DOW-UAP-D51, Email Correspondence, Pacific Time Zone, March 2023
Agency: Department of War
Incident date: 3/23/26
Incident location: Pacific Time Zone
Page 5
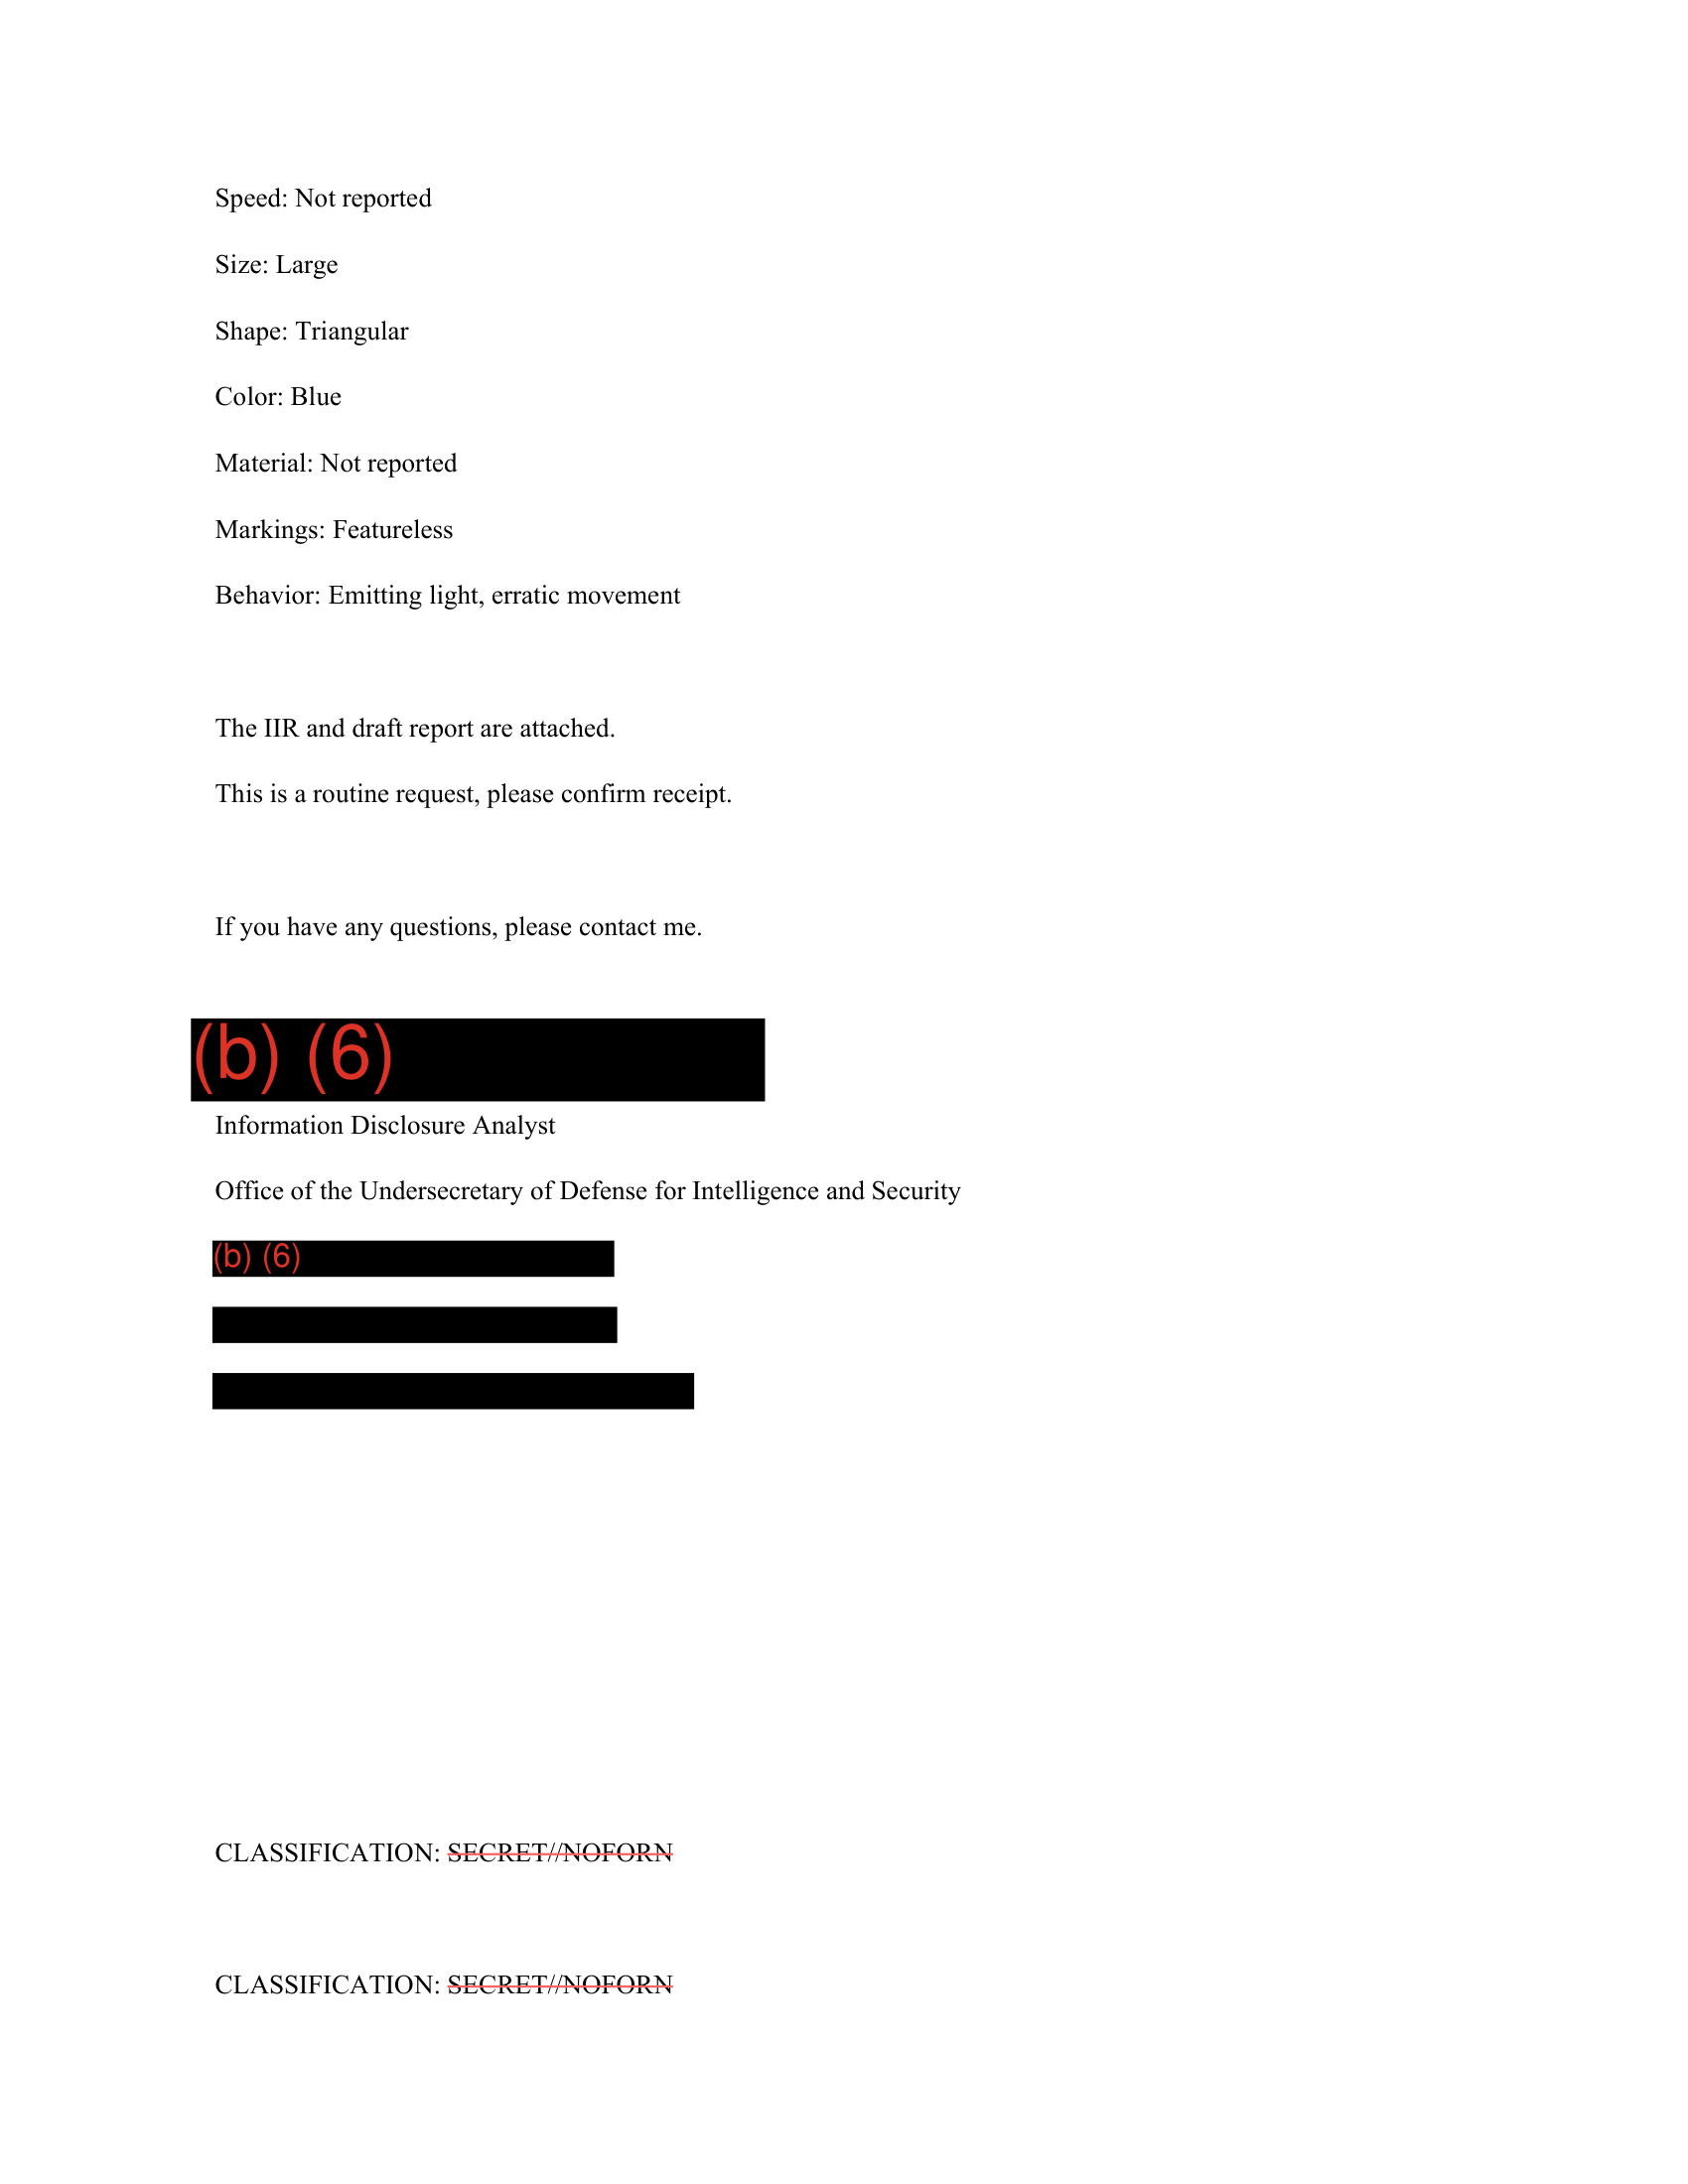